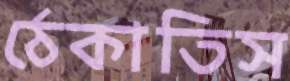
ঠেকাতিস